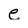
Character: e